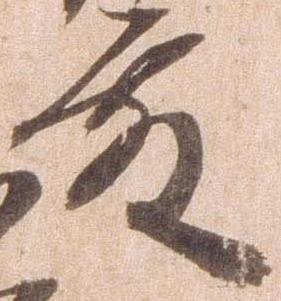
殿